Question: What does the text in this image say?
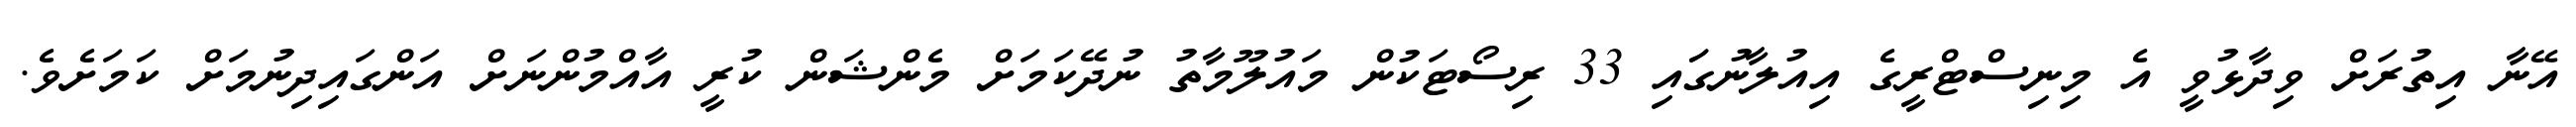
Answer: އޭނާ އިތުރަށް ވިދާޅުވީ އެ މިނިސްޓްރީގެ އިއުލާނުގަައި 33 ރިސޯޓަކުން މައުލޫމާތު ނުދޭކަމަށް މެންޝަން ކުރީ އާއްމުންނަށް އަންގައިދިނުމަށް ކަމަށެވެ.